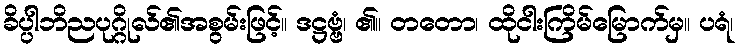
ခိပ္ပါဘိညပုဂ္ဂိုလ်၏အစွမ်းဖြင့်။ ဒဋ္ဌဗ္ဗံ၊ ၏။ တတော၊ ထိုငါးကြိမ်မြောက်မှ။ ပရံ၊